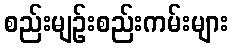
စည်းမျဉ်းစည်းကမ်းများ